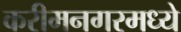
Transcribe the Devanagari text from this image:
करीमनगरमध्ये